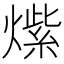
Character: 𱬒